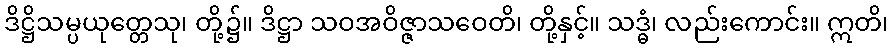
ဒိဋ္ဌိသမ္ပယုတ္တေသု၊ တို့၌။ ဒိဋ္ဌာ သဝအဝိဇ္ဇာသဝေတိ၊ တို့နှင့်။ သဒ္ဓံ၊ လည်းကောင်း။ ဣတိ၊